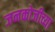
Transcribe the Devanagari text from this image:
जनकोजीच्या